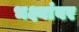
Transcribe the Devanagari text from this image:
भक्ष्यांवर